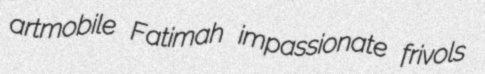
artmobile Fatimah impassionate frivols